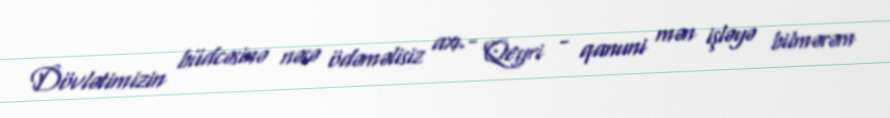
Dövlətimizin büdcəsinə nəsə ödəməlisiz axı.- Qeyri - qanuni mən işləyə bilmərəm